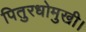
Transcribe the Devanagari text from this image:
पितुरधोमुखी।